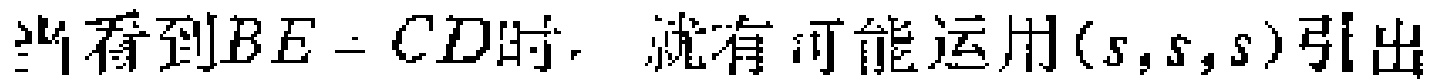
当看到$BE = CD$时，就有可能运用$(s,s,s)$引出